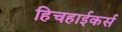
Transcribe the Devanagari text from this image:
हिचहाईकर्स